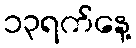
၁၃ရက်နေ့